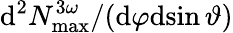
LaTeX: \mathrm{d}^{2}N_{\mathrm{max}}^{3\omega}/(\mathrm{d}\varphi\mathrm{d}\! \sin\vartheta)